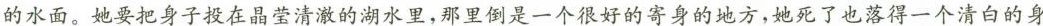
的水面。她要把身子投在晶莹清澈的湖水里，那里倒是一个很好的寄身的地方，她死了也落得一个清白的身